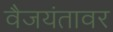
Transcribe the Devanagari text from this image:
वैजयंतावर